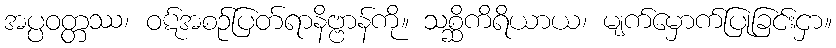
အပ္ပဝတ္တဿ၊ ဝဋ်အစဉ်ပြတ်ရာနိဗ္ဗာန်ကို။ သစ္ဆိကိရိယာယ၊ မျက်မှောက်ပြုခြင်းငှာ။